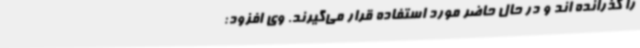
را گذرانده اند و در حال حاضر مورد استفاده قرار می‌گیرند. وی افزود: